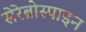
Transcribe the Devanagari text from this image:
सेरेब्रोस्पाइन